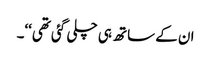
ان کے ساتھ ہی چلی گئی تھی‘‘۔